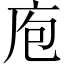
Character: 庖